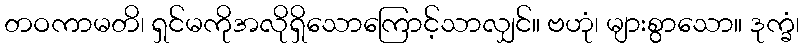
တဝကာမတိ၊ ရှင်မကိုအလိုရှိသောကြောင့်သာလျှင်။ ဗဟုံ၊ များစွာသော။ ဒုက္ခံ၊